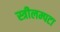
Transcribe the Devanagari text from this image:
स्त्रीलम्पटा